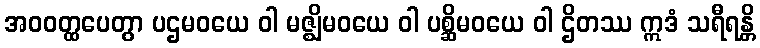
အဝဝတ္ထပေတွာ ပဌမဝယေ ဝါ မဇ္ဈိမဝယေ ဝါ ပစ္ဆိမဝယေ ဝါ ဌိတဿ ဣဒံ သရီရန္တိ